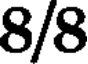
8/8